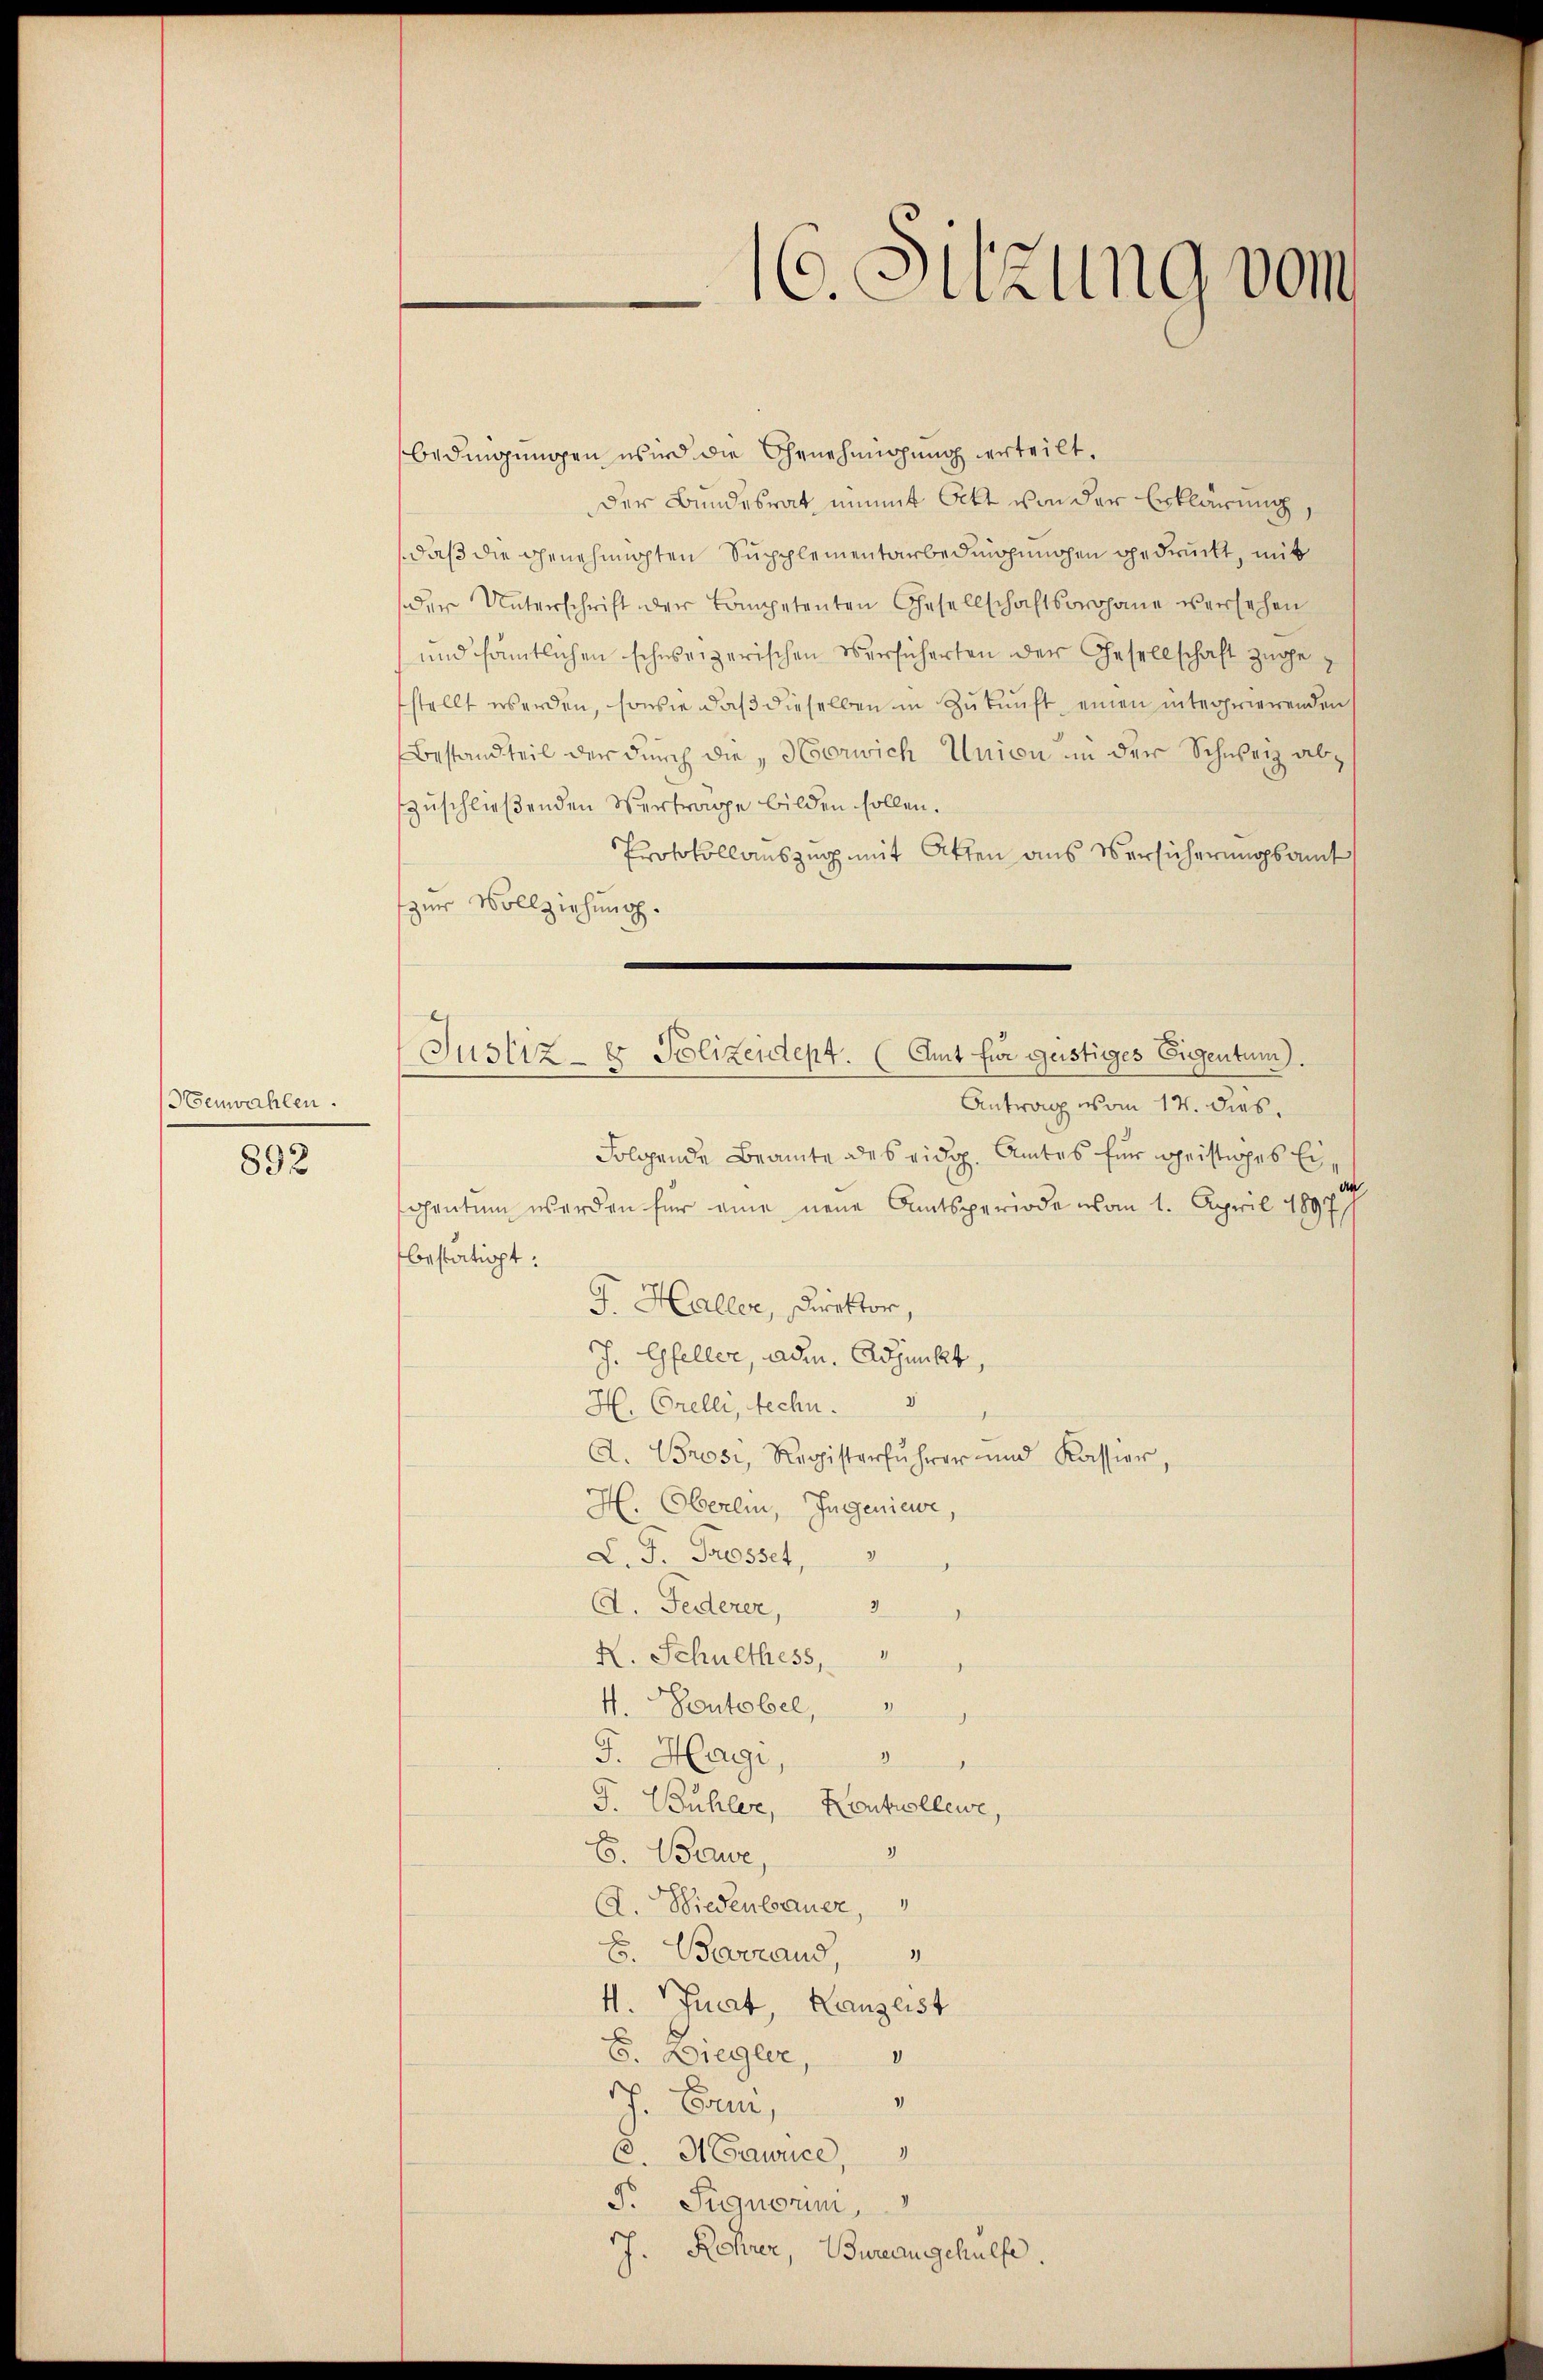
Henwahlen.

892

16. Sitzung vom

bedingungen wird die Genehmigung erteilt.
der Bundesrat unmit Akt von der Erklärung,
daß die Genehmigten Supplementarbedingenohen gedruckt, mit
der Unterschrift der Competenten Gesellschaftsrohanne versehen
 und sämtlichen schweizerischen Versicherten der Gesellschaft zugez
fstellt werden, sowie daß dieselben in Zukunft einen interrierenden
Bestandteil der durch die „Herwich Union in der Schweiz abzuschließenden Vertrage bilden sollen.
Protokollauszug mit Akten aus Versicherungsamt
zur Vollziehung.
Antrag vom 14. dies
Folgende Beamte des eidg. Amtes für geistiges Eisahenten werden für eine neue Amtsperiode vom 1. April 1897
bestätigt:
G. Haller, Direktor,
J. Gfeller, Adem. Adjunkt,
H. Orelli, techn.
A. Brosi, Registerfuhrer und Kassier
H. Oberlin, Ingenieur,
L. J. Grosset,
A. Federer,
X. Schulthess,
4. Pontobel,
d
G. Hagi,
.
J. Bühler, Kontrollewe,
3
E. Baure,
A. Niedenbauer,
E. Barrand,
H. Puat, Kanzlist
E. Ziegler,
"
h. Ernen,
C. H Cawrice,
F. Signorum,
J. Rehrer, Bureausgehülfe

Justiz- & Polizeidept. (Amt für geistiges Eigentum).